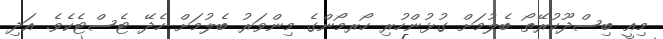
މިއީ ބިސްދޫކުރޭތޯ ބެލުމަށް ގުޅުންހުރި ހޯރމޯންގެ މިންވަރު ބެލުމަށް ހެދޭ ޓެސްޓެކެވެ. އަދި